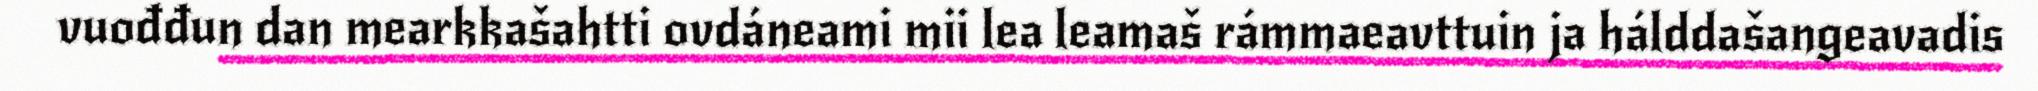
vuođđun dan mearkkašahtti ovdáneami mii lea leamaš rámmaeavttuin ja hálddašangeavadis